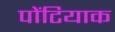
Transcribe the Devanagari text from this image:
पोंटियाक